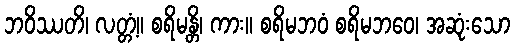
ဘဝိဿတိ၊ လတ္တံ့။ စရိမန္တိ၊ ကား။ စရိမဘဝံ စရိမဘဝေ၊ အဆုံးသော